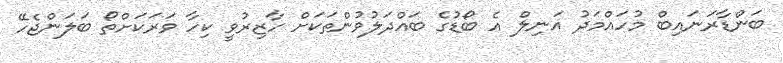
ބަންޑާރަނައިބް މުހައްމަދު އަނިލް އެ ބޯޑުގެ ބައްދަލުވުންތަކަށް ހާޒިރުވީ ކިހާ ވަރަކަށްތޯ ބަލަންޖެހޭ